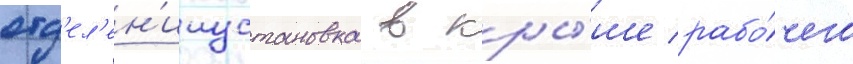
отд'ел'ен'ииустановка в кры́ше рабо́чего